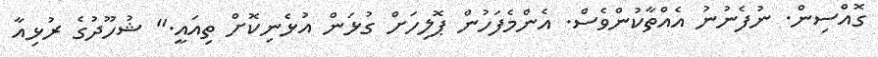
ގޮއްސިން. ނުފެނުނު އެއްތާކުންވެސް. އެންމެފަހުން ޕޮލިހަށް ގުޅަން އުޅެނިކޮށް ތިއައީ." ޝުހޫދުގެ ރުޅިއާ